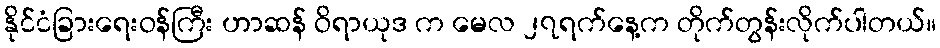
နိုင်ငံခြားရေးဝန်ကြီး ဟာဆန် ဝိရာယုဒ က မေလ ၂၇ရက်နေ့က တိုက်တွန်းလိုက်ပါတယ်။